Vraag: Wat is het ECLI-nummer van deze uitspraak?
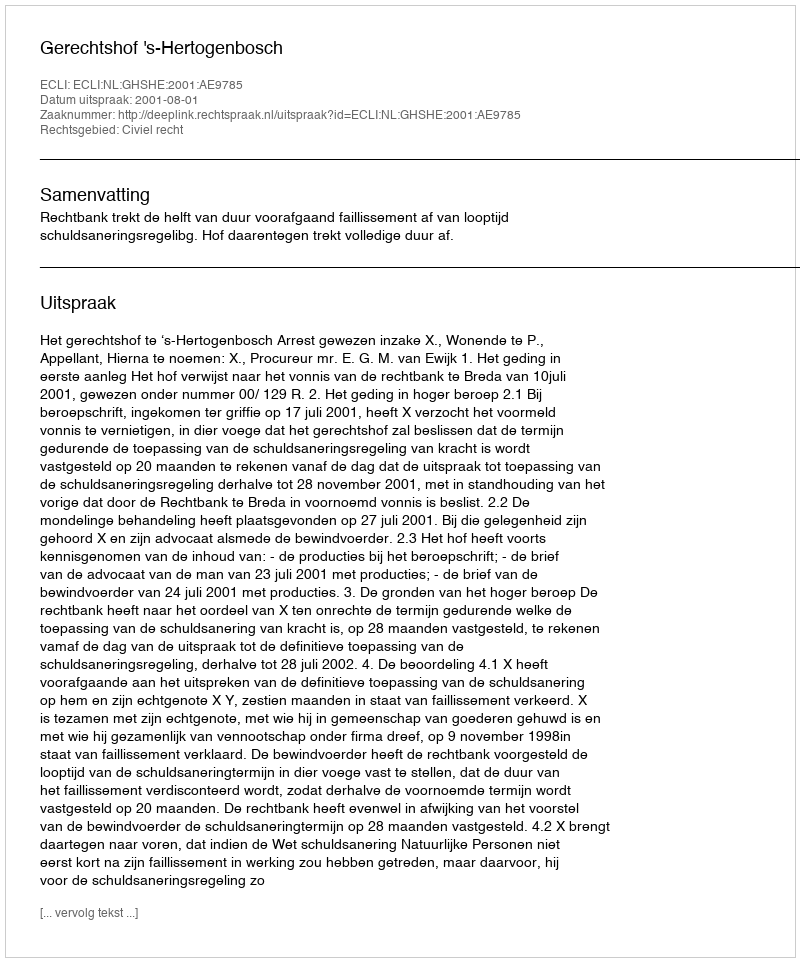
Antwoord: ECLI:NL:GHSHE:2001:AE9785